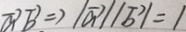
\overrightarrow { a } \overrightarrow { b } \Rightarrow \vert \overrightarrow { a } \vert \vert \overrightarrow { b } \vert = 1